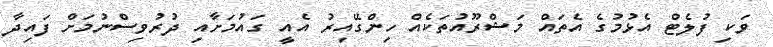
ވަކި ފުލެޓް އެޅުމުގެ އެތައް މަޝްރޫއުތަކެއް ހިންގޭއިރު އެއީ ގައުމަށާއި ދުރުވިސްނުމަށް ފައިދާ